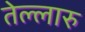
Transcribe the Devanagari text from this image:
तेल्लारु